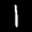
Label: 1